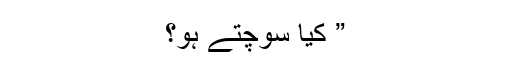
” کیا سوچتے ہو؟